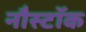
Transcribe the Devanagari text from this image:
नौस्टॉक